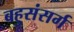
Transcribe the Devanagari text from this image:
बहुसंसर्ग